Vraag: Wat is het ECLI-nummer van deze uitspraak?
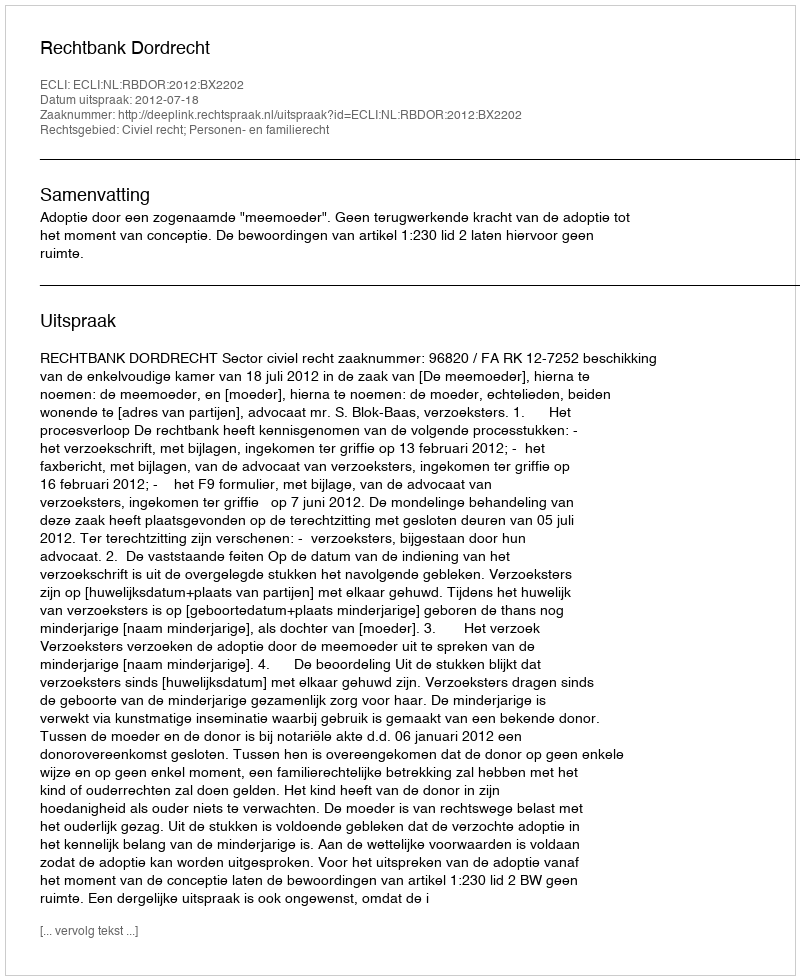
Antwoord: ECLI:NL:RBDOR:2012:BX2202